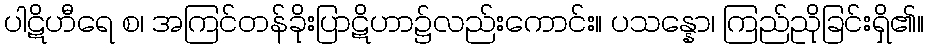
ပါဋိဟီရေ စ၊ အကြင်တန်ခိုးပြာဋိဟာ၌လည်းကောင်း။ ပသန္နော၊ ကြည်ညိုခြင်းရှိ၏။